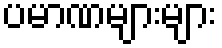
ပမာဏများများ